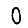
Digit: 0